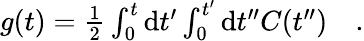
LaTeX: \begin{array}{rl}{g(t)=\frac{1}{2}\int_{0}^{t}\textrm{d}t^{\prime}\int_{0}^{t^{\prime}}\textrm{d}t^{\prime\prime}C(t^{\prime\prime})}&{{}.}\end{array}